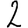
Digit: 2